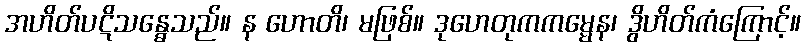
အဟိတ်ပဋိသန္ဓေသည်။ န ဟောတိ၊ မဖြစ်။ ဒုဟေတုကကမ္မေန၊ ဒွိဟိတ်ကံကြောင့်။